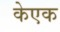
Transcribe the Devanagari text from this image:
केएक